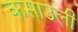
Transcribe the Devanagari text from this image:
कसाउली